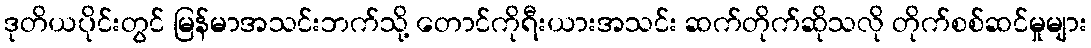
ဒုတိယပိုင်းတွင် မြန်မာအသင်းဘက်သို့ တောင်ကိုရီးယားအသင်း ဆက်တိုက်ဆိုသလို တိုက်စစ်ဆင်မှုများ